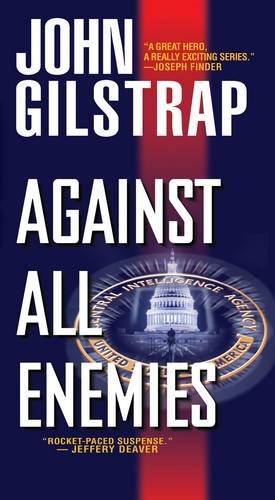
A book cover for Against All Enemies (A Jonathan Grave Thriller); John Gilstrap; Mystery, Thriller & Suspense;